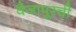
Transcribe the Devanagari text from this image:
वैजापूरची